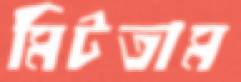
মিটতাম